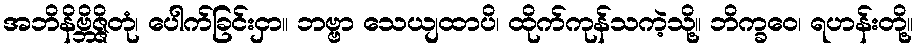
အဘိနိဗ္ဘိဇ္ဇိတုံ၊ ပေါက်ခြင်းငှာ။ ဘဗ္ဗာ သေယျထာပိ၊ ထိုက်ကုန်သကဲ့သို့။ ဘိက္ခဝေ၊ ရဟန်းတို့။